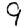
Digit: 9